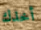
أخذك